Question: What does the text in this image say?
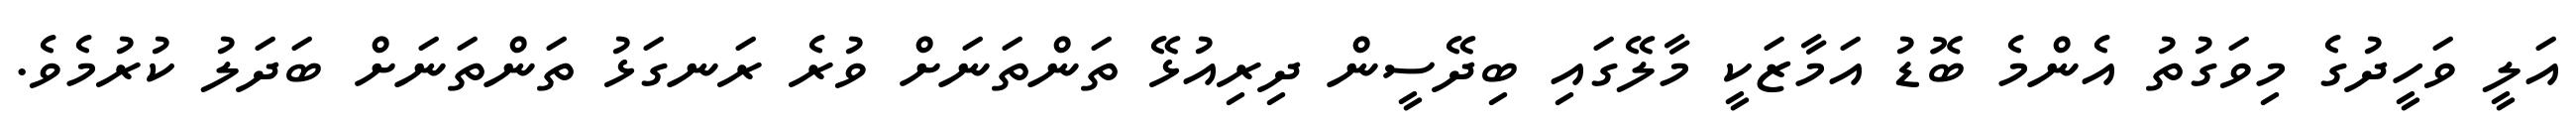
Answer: އަލީ ވަހީދުގެ މިވަގުތު އެންމެ ބޮޑު އަމާޒަކީ މާލޭގައި ބިދޭސީން ދިރިއުޅޭ ތަންތަނަށް ވުރެ ރަނގަޅު ތަންތަނަށް ބަދަލު ކުރުމެވެ.